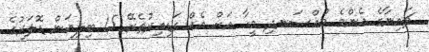
ޗައިނާގެ އެންމެ މުއްސަނދި މީހާ އަށް އެއް ގަޑިއިރުތެރޭ 15 ބިލިއަން ޑޮލަރުގެ